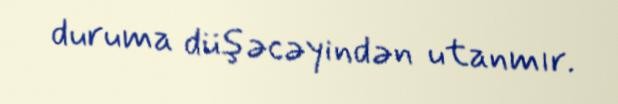
duruma düşəcəyindən utanmır.